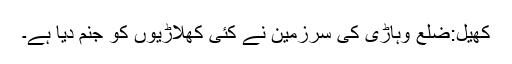
کھیل:ضلع وہاڑی کی سرزمین نے کئی کھلاڑیوں کو جنم دیا ہے۔